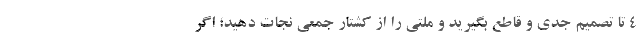
4 تا تصمیم جدی و قاطع بگیرید و ملتی را از کشتار جمعی نجات دهید؛ اگر